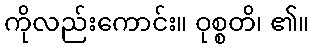
ကိုလည်းကောင်း။ ဝုစ္စတိ၊ ၏။